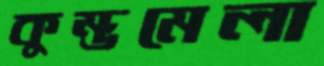
কুম্ভমেলা